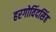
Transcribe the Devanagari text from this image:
हरगोविंदसिंह